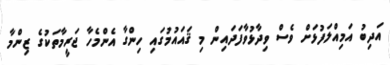
އަދިބު އަމިއްލަފުޅަށް ވެސް ވިދާޅުވާފަދައިން މި ޤައައުމުގައި ހިންގާ އެންމެހާ ޖަރީމާތަކުގެ ޒިންމާ